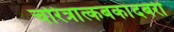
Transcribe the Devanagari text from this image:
चरित्रात्कबकांदबरी